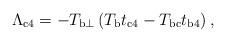
LaTeX: \begin{align*}\Lambda_{\rm{c4}} =-T_{{\rm b}\perp}\left(T_{\rm b}t_{\rm{c4}}-T_{\rm{bc}}t_{\rm{b4}}\right) ,\end{align*}